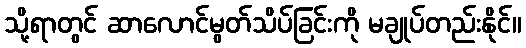
သို့ရာတွင် ဆာလောင်မွတ်သိပ်ခြင်းကို မချုပ်တည်းနိုင်။